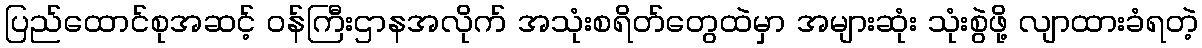
ပြည်ထောင်စုအဆင့် ၀န်ကြီးဌာနအလိုက် အသုံးစရိတ်တွေထဲမှာ အများဆုံး သုံးစွဲဖို့ လျာထားခံရတဲ့